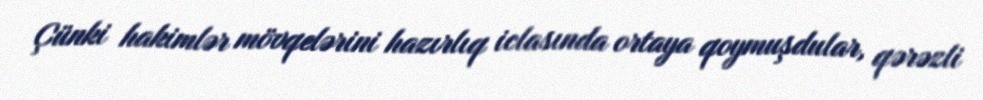
Çünki hakimlər mövqelərini hazırlıq iclasında ortaya qoymuşdular, qərəzli